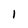
Character: 1